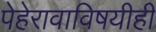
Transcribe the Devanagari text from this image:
पेहेरावाविषयीही